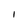
Character: I